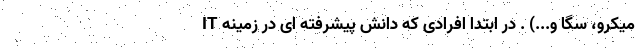
میکرو، سگا و...) . در ابتدا افرادی که دانش پیشرفته ای در زمینه IT